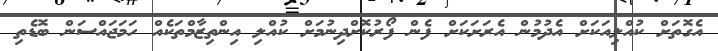
އެގޮތަށް ކުއްލިއަކަށް އެދުމުން އެރަށަކަށް ފެން ފޯރުކޮށްދިނުމަށް ކުއްލި އިންތިޒާމްތަކެއް ހަމަޖައްސަން ބޮޑެތި